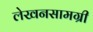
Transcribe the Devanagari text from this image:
लेखनसामग्री